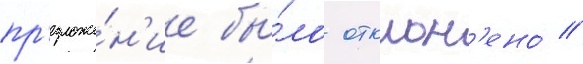
пр'едложе́н'ие бы́ло отклон'ено́ //